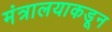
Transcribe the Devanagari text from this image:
मंत्रालयाकडून